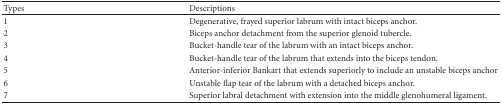
<table><thead><tr><td><b>Types</b></td><td><b>Descriptions</b></td></tr></thead><tbody><tr><td>1</td><td>Degenerative, frayed superior labrum with intact biceps anchor.</td></tr><tr><td>2</td><td>Biceps anchor detachment from the superior glenoid tubercle.</td></tr><tr><td>3</td><td>Bucket-handle tear of the labrum with an intact biceps anchor.</td></tr><tr><td>4</td><td>Bucket-handle tear of the labrum that extends into the biceps tendon.</td></tr><tr><td>5</td><td>Anterior-inferior Bankart that extends superiorly to include an unstable biceps anchor</td></tr><tr><td>6</td><td>Unstable flap tear of the labrum with a detached biceps anchor.</td></tr><tr><td>7</td><td>Superior labral detachment with extension into the middle glenohumeral ligament.</td></tr></tbody></table>